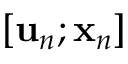
[ { \bf u } _ { n } ; { \bf x } _ { n } ]